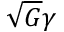
\sqrt { G } \gamma